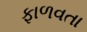
ફાળવતા